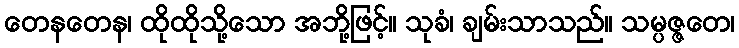
တေနတေန၊ ထိုထိုသို့သော အဘို့ဖြင့်။ သုခံ၊ ချမ်းသာသည်။ သမ္ပဇ္ဇတေ၊